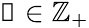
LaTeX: \mathscr{k}\in\mathbb{Z}_{+}